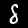
Digit: 8